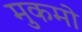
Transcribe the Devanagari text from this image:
मुकमो